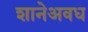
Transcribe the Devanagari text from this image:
शानेअवध